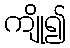
ကျို၍